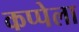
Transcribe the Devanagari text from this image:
कप्पेला